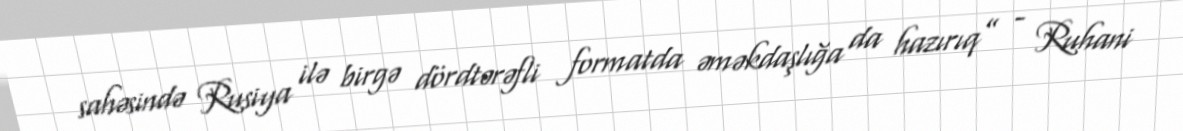
sahəsində Rusiya ilə birgə dördtərəfli formatda əməkdaşlığa da hazırıq” - Ruhani